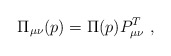
\begin{align*}\Pi_{\mu\nu}(p)=\Pi(p)P^T_{\mu\nu}\ ,\end{align*}